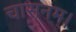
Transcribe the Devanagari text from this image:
चासनम्‌।